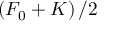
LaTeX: \left( F _ { 0 } + K \right) / 2